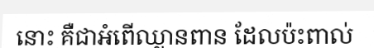
នោះ គឺជាអំពើឈ្លានពាន ដែលប៉ះពាល់